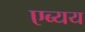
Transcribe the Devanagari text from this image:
एब्यय